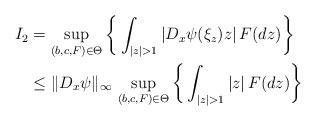
LaTeX: \begin{align*} I_2 &= \sup_{(b,c,F) \in \Theta} \bigg\{\int_{|z|>1} |D_x\psi(\xi_z) z| \, F(dz) \bigg\} \\ & \leq \|D_{x}\psi\|_\infty \, \sup_{(b,c,F) \in \Theta} \bigg\{\int_{|z|> 1} |z| \, F(dz)\bigg\} \end{align*}